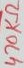
Text: 470KΩ